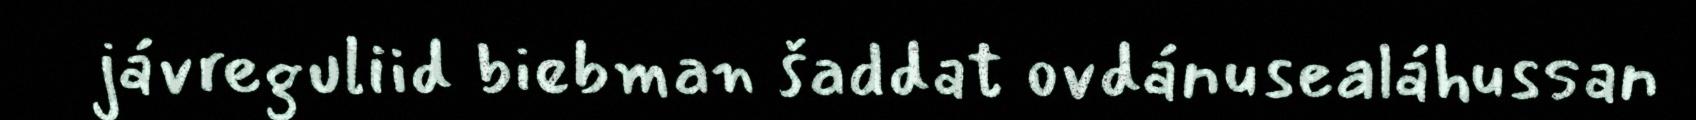
jávreguliid biebman šaddat ovdánusealáhussan